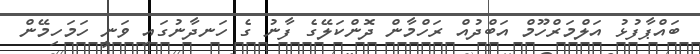
ބައްޕާފުޅު އަލްމަރްހޫމް އަބްދުއް ރަހްމާން ދޮންކަލޭގެ ފާނު ގެ ހަނދާނުގައި ވަނީ ހަމަހިމޭން